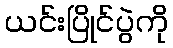
ယင်းပြိုင်ပွဲကို